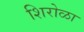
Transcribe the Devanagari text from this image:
शिरोळा